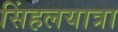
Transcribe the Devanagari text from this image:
सिंहलयात्रा